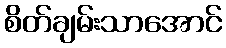
စိတ်ချမ်းသာအောင်